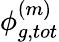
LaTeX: \phi_{g,tot}^{(m)}